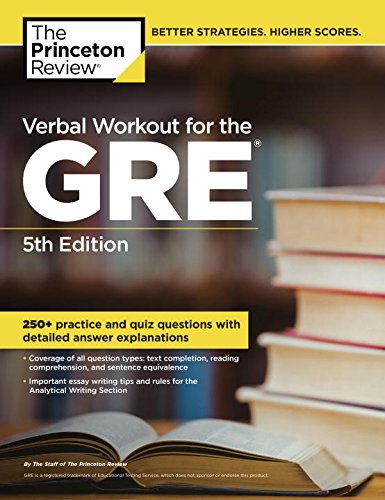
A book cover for Verbal Workout for the GRE, 5th Edition (Graduate School Test Preparation); Princeton Review; Test Preparation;